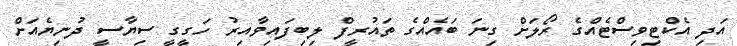
އަދި އެކްޓިވިސްޓެއްގެ ރޯލަށް ގިނަ ބައެއްގެ ތައުރީފް ލިބިފައިވާއިރު ހަގީގީ ސިޔާސީ ދުނިޔެއަށް